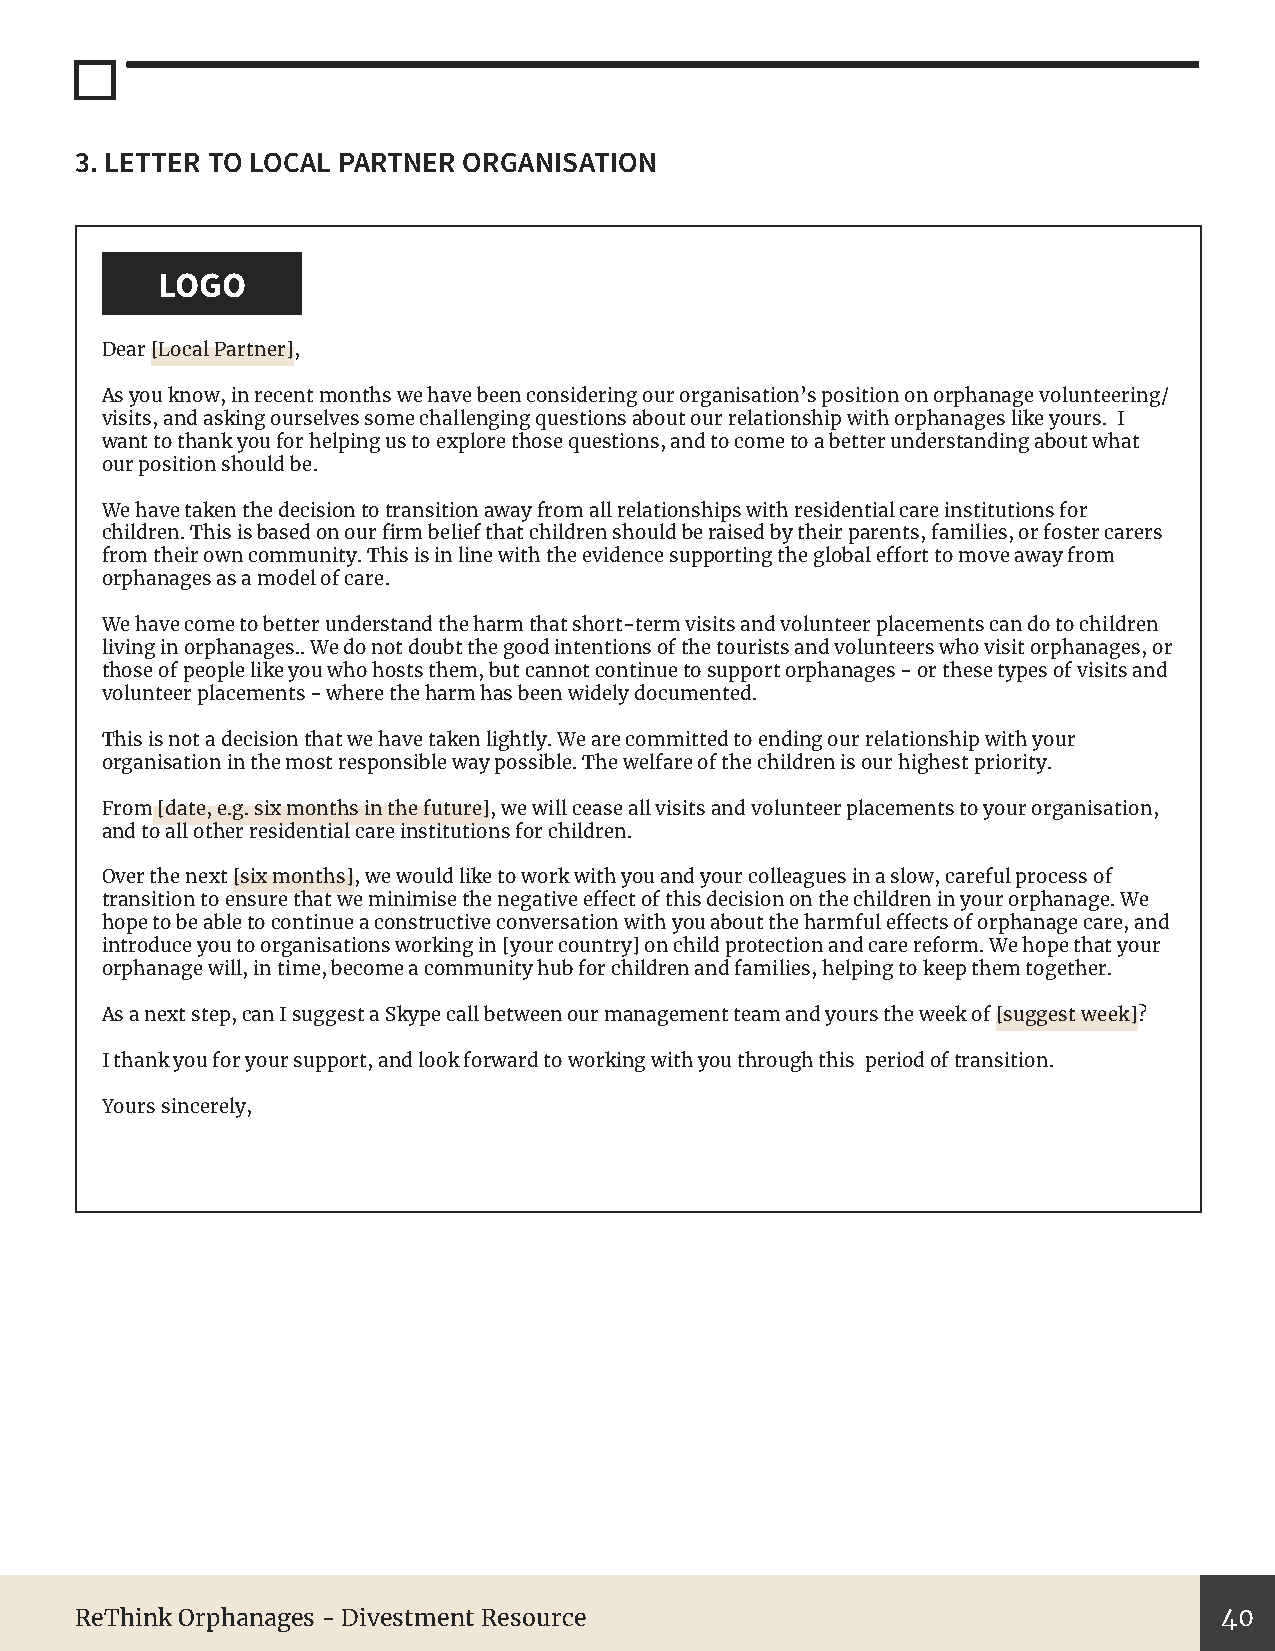
3. LETTER TO LOCAL PARTNER ORGANISATION
 LOGO
 Dear [Local Partner],
 As you know, in recent months we have been considering our organisation’s position on orphanage volunteering/
 visits, and asking ourselves some challenging questions about our relationship with orphanages like yours. I
 want to thank you for helping us to explore those questions, and to come to a better understanding about what
 our position should be.
 We have taken the decision to transition away from all relationships with residential care institutions for
 children. This is based on our firm belief that children should be raised by their parents, families, or foster carers
 from their own community. This is in line with the evidence supporting the global effort to move away from
 orphanages as a model of care.
 We have come to better understand the harm that short-term visits and volunteer placements can do to children
 living in orphanages.. We do not doubt the good intentions of the tourists and volunteers who visit orphanages, or
 those of people like you who hosts them, but cannot continue to support orphanages - or these types of visits and
 volunteer placements - where the harm has been widely documented.
 This is not a decision that we have taken lightly. We are committed to ending our relationship with your
 organisation in the most responsible way possible. The welfare of the children is our highest priority.
 From [date, e.g. six months in the future], we will cease all visits and volunteer placements to your organisation,
 and to all other residential care institutions for children.
 Over the next [six months], we would like to work with you and your colleagues in a slow, careful process of
 transition to ensure that we minimise the negative effect of this decision on the children in your orphanage. We
 hope to be able to continue a constructive conversation with you about the harmful effects of orphanage care, and
 introduce you to organisations working in [your country] on child protection and care reform. We hope that your
 orphanage will, in time, become a community hub for children and families, helping to keep them together.
 As a next step, can I suggest a Skype call between our management team and yours the week of [suggest week]?
 I thank you for your support, and look forward to working with you through this period of transition.
 Yours sincerely,
 ReThink Orphanages - Divestment Resource                                    40